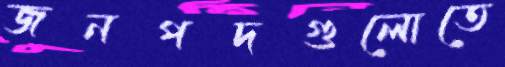
জনপদগুলোতে